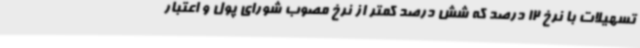
تسهیلات با نرخ 12 درصد که شش درصد کمتر از نرخ مصوب شورای پول و اعتبار